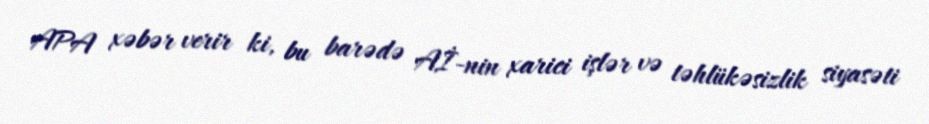
APA xəbər verir ki, bu barədə Aİ-nin xarici işlər və təhlükəsizlik siyasəti